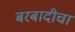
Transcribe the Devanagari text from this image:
बरबादीचा